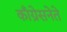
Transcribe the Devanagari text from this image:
काँग्रेसनेते